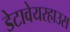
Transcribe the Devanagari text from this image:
डेटावेयरहाउस